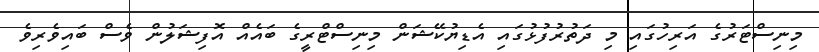
މިނިސްޓަރުގެ އަރިހުގައި މި ދަތުރުފުޅުގައި އެޑިޔުކޭޝަން މިނިސްޓްރީގެ ބައެއް އޮފިޝަލުން ވެސް ބައިވެރިވެ